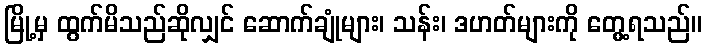
မြို့မှ ထွက်မိသည်ဆိုလျှင် ဆောက်ချုံများ၊ သန်း၊ ဒဟတ်များကို တွေ့ရသည်။